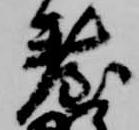
台